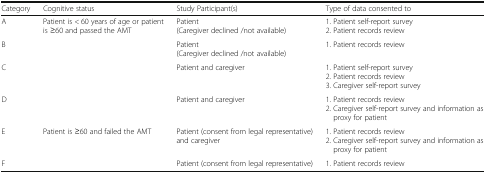
<table><thead><tr><td><b>Category</b></td><td><b>Cognitive status</b></td><td><b>Study Participant(s)</b></td><td><b>Type of data consented to</b></td></tr></thead><tbody><tr><td>A</td><td rowspan="4">Patient is &lt; 60 years of age or patient is ≥60 and passed the AMT</td><td>Patient(Caregiver declined /not available)</td><td>1. Patient self-report survey2. Patient records review</td></tr><tr><td>B</td><td>Patient(Caregiver declined /not available)</td><td>1. Patient records review</td></tr><tr><td>C</td><td>Patient and caregiver</td><td>1. Patient self-report survey2. Patient records review3. Caregiver self-report survey</td></tr><tr><td>D</td><td>Patient and caregiver</td><td>1. Patient records review2. Caregiver self-report survey and information as proxy for patient</td></tr><tr><td>E</td><td rowspan="2">Patient is ≥60 and failed the AMT</td><td>Patient (consent from legal representative) and caregiver</td><td>1. Patient records review2. Caregiver self-report survey and information as proxy for patient</td></tr><tr><td>F</td><td>Patient (consent from legal representative)</td><td>1. Patient records review</td></tr></tbody></table>